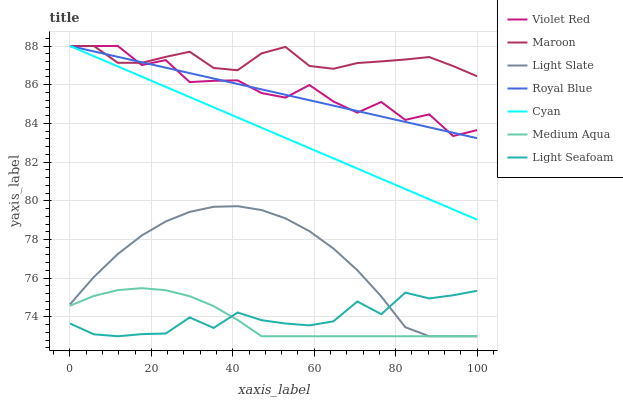
| xaxis_label | Violet Red | Maroon | Light Slate | Royal Blue | Cyan | Medium Aqua | Light Seafoam |
 | --- | --- | --- | --- | --- | --- | --- | --- |
 | 0 | 88 | 88 | 74.6 | 88 | 88 | 74.6 | 73.7 |
 | 5.88 | 88 | 88 | 76.1 | 87.7 | 87.5 | 75.1 | 73.1 |
 | 11.8 | 88 | 87.1 | 77.3 | 87.4 | 86.9 | 75.4 | 73 |
 | 17.6 | 87 | 87.1 | 78.2 | 87.2 | 86.4 | 75.5 | 73.1 |
 | 23.5 | 87.3 | 87.4 | 78.9 | 86.9 | 85.9 | 75.4 | 73.1 |
 | 29.4 | 86.1 | 87.7 | 79.4 | 86.6 | 85.4 | 75.1 | 74 |
 | 35.3 | 86.2 | 86.9 | 79.7 | 86.3 | 84.8 | 74.6 | 73.4 |
 | 41.2 | 86.2 | 86.7 | 79.7 | 86 | 84.3 | 73.8 | 74.2 |
 | 47.1 | 85.6 | 87.6 | 79.5 | 85.8 | 83.8 | 73 | 73.8 |
 | 52.9 | 85.3 | 88 | 79.1 | 85.5 | 83.2 | 73 | 73.7 |
 | 58.8 | 86 | 87 | 78.4 | 85.2 | 82.7 | 73 | 73.6 |
 | 64.7 | 85.1 | 86.8 | 77.5 | 84.9 | 82.2 | 73 | 73.8 |
 | 70.6 | 84.6 | 87.1 | 76.4 | 84.6 | 81.7 | 73 | 74.8 |
 | 76.5 | 85.1 | 87.2 | 75.1 | 84.4 | 81.1 | 73 | 74.1 |
 | 82.4 | 84.2 | 87.3 | 73.5 | 84.1 | 80.6 | 73 | 75.3 |
 | 88.2 | 84.5 | 87.4 | 73 | 83.8 | 80.1 | 73 | 75 |
 | 94.1 | 83.3 | 87 | 73 | 83.5 | 79.6 | 73 | 75.1 |
 | 100 | 83.7 | 86.4 | 73 | 83.2 | 79 | 73 | 75.3 |